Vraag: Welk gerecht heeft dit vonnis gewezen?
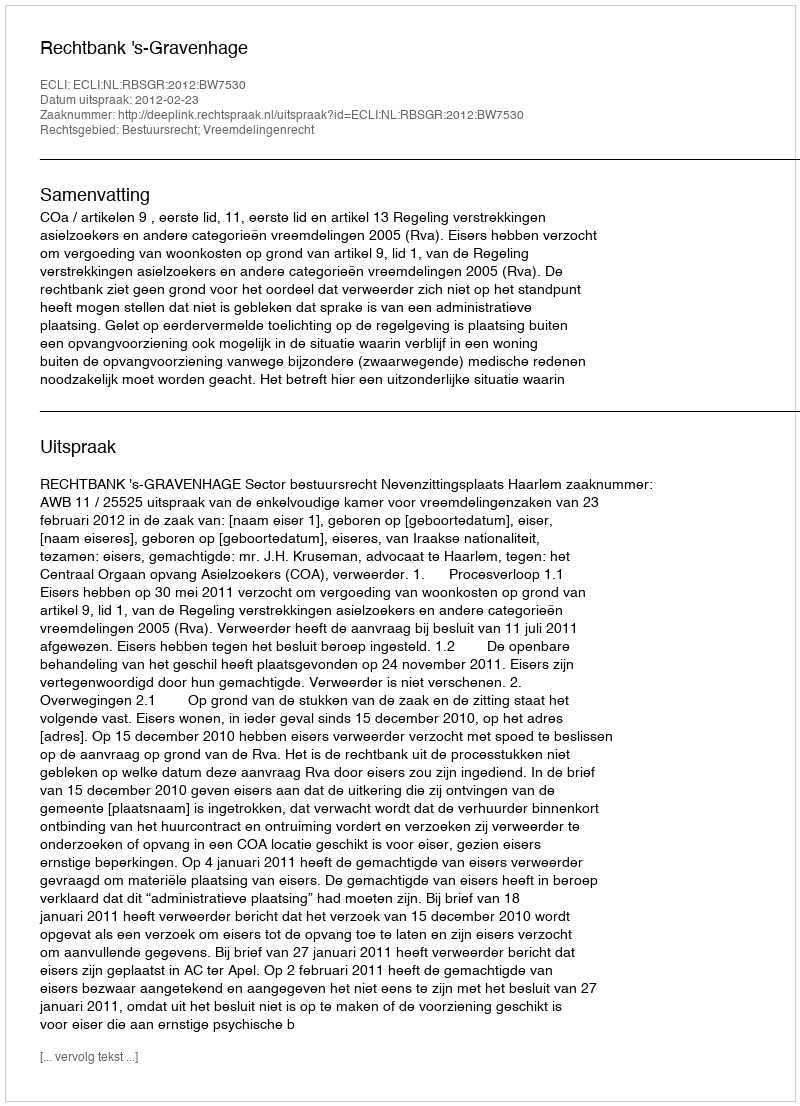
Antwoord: Rechtbank 's-Gravenhage